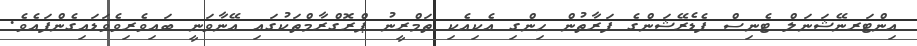
އިންޓަރނޭޝަނަލް ޓެނިސް ފެޑެރޭޝަންގެ ފަރާތުން ހިންގި އެކިއެކި ތަމްރީނު ޕްރޮގްރާމްތަކުގައި އޭނާވަނީ ބައިވެރިވެވަޑައިގެންފައެވެ.